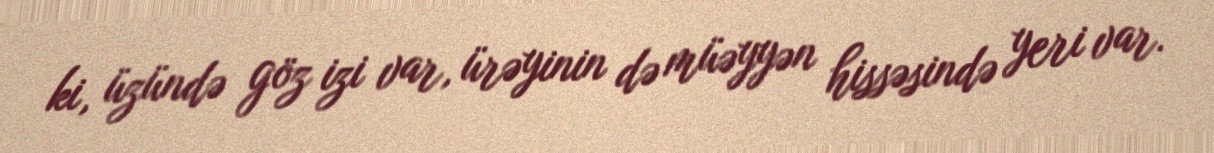
ki, üzündə göz izi var, ürəyinin də müəyyən hissəsində yeri var.